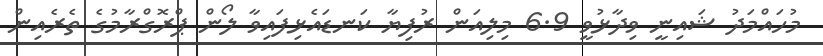
މުހައްމަދު ޝައިނީ ވިދާޅުވީ 6.9 މިލިއަން ރުފިޔާ ކަނޑައެޅިފައިވާ ލޯން ޕްރޮގްރާމުގެ ތެރެއިން